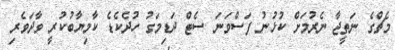
މެޗްގެ ނަތީޖާ ނެރުމަށް ކުޅުނު ފަސްވަނަ ސެޓް ދަޑިމަގު ހުދެކެޑެ ކާމިޔާބުކުރީ ވާދަވެރި